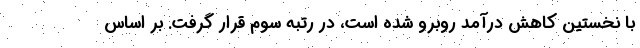
با نخستین کاهش درآمد روبرو شده است، در رتبه سوم قرار گرفت. بر اساس